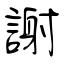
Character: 謝